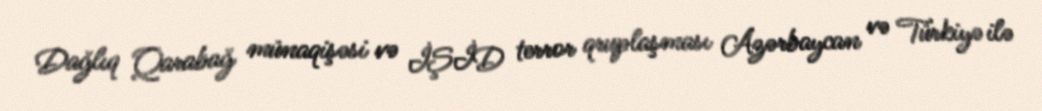
Dağlıq Qarabağ münaqişəsi və İŞİD terror qruplaşması Azərbaycan və Türkiyə ilə